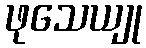
ဖုသေယျု